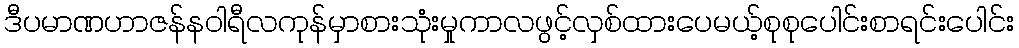
ဒီပမာဏဟာဇန်နဝါရီလကုန်မှာစားသုံးမှုကာလဖွင့်လှစ်ထားပေမယ့်စုစုပေါင်းစာရင်းပေါင်း